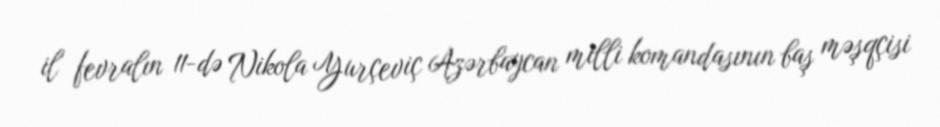
il fevralın 11-də Nikola Yurçeviç Azərbaycan milli komandasının baş məşqçisi